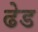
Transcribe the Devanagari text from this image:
ढेड